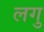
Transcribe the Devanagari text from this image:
लगु